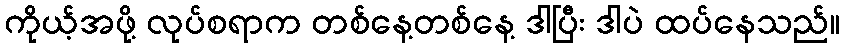
ကိုယ့်အဖို့ လုပ်စရာက တစ်နေ့တစ်နေ့ ဒါပြီး ဒါပဲ ထပ်နေသည်။